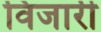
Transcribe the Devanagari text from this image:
विजारी